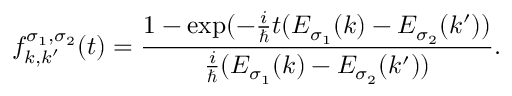
f _ { k , k ^ { \prime } } ^ { \sigma _ { 1 } , \sigma _ { 2 } } ( t ) = \frac { 1 - \exp ( - \frac { i } { \hbar } t ( E _ { \sigma _ { 1 } } ( k ) - E _ { \sigma _ { 2 } } ( k ^ { \prime } ) ) } { \frac { i } { \hbar } ( E _ { \sigma _ { 1 } } ( k ) - E _ { \sigma _ { 2 } } ( k ^ { \prime } ) ) } .